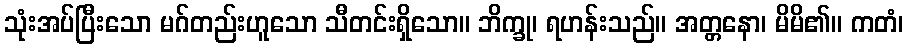
သုံးအပ်ပြီးသော မဂ်တည်းဟူသော သီတင်းရှိသော။ ဘိက္ခု၊ ရဟန်းသည်။ အတ္တနော၊ မိမိ၏။ ကတံ၊